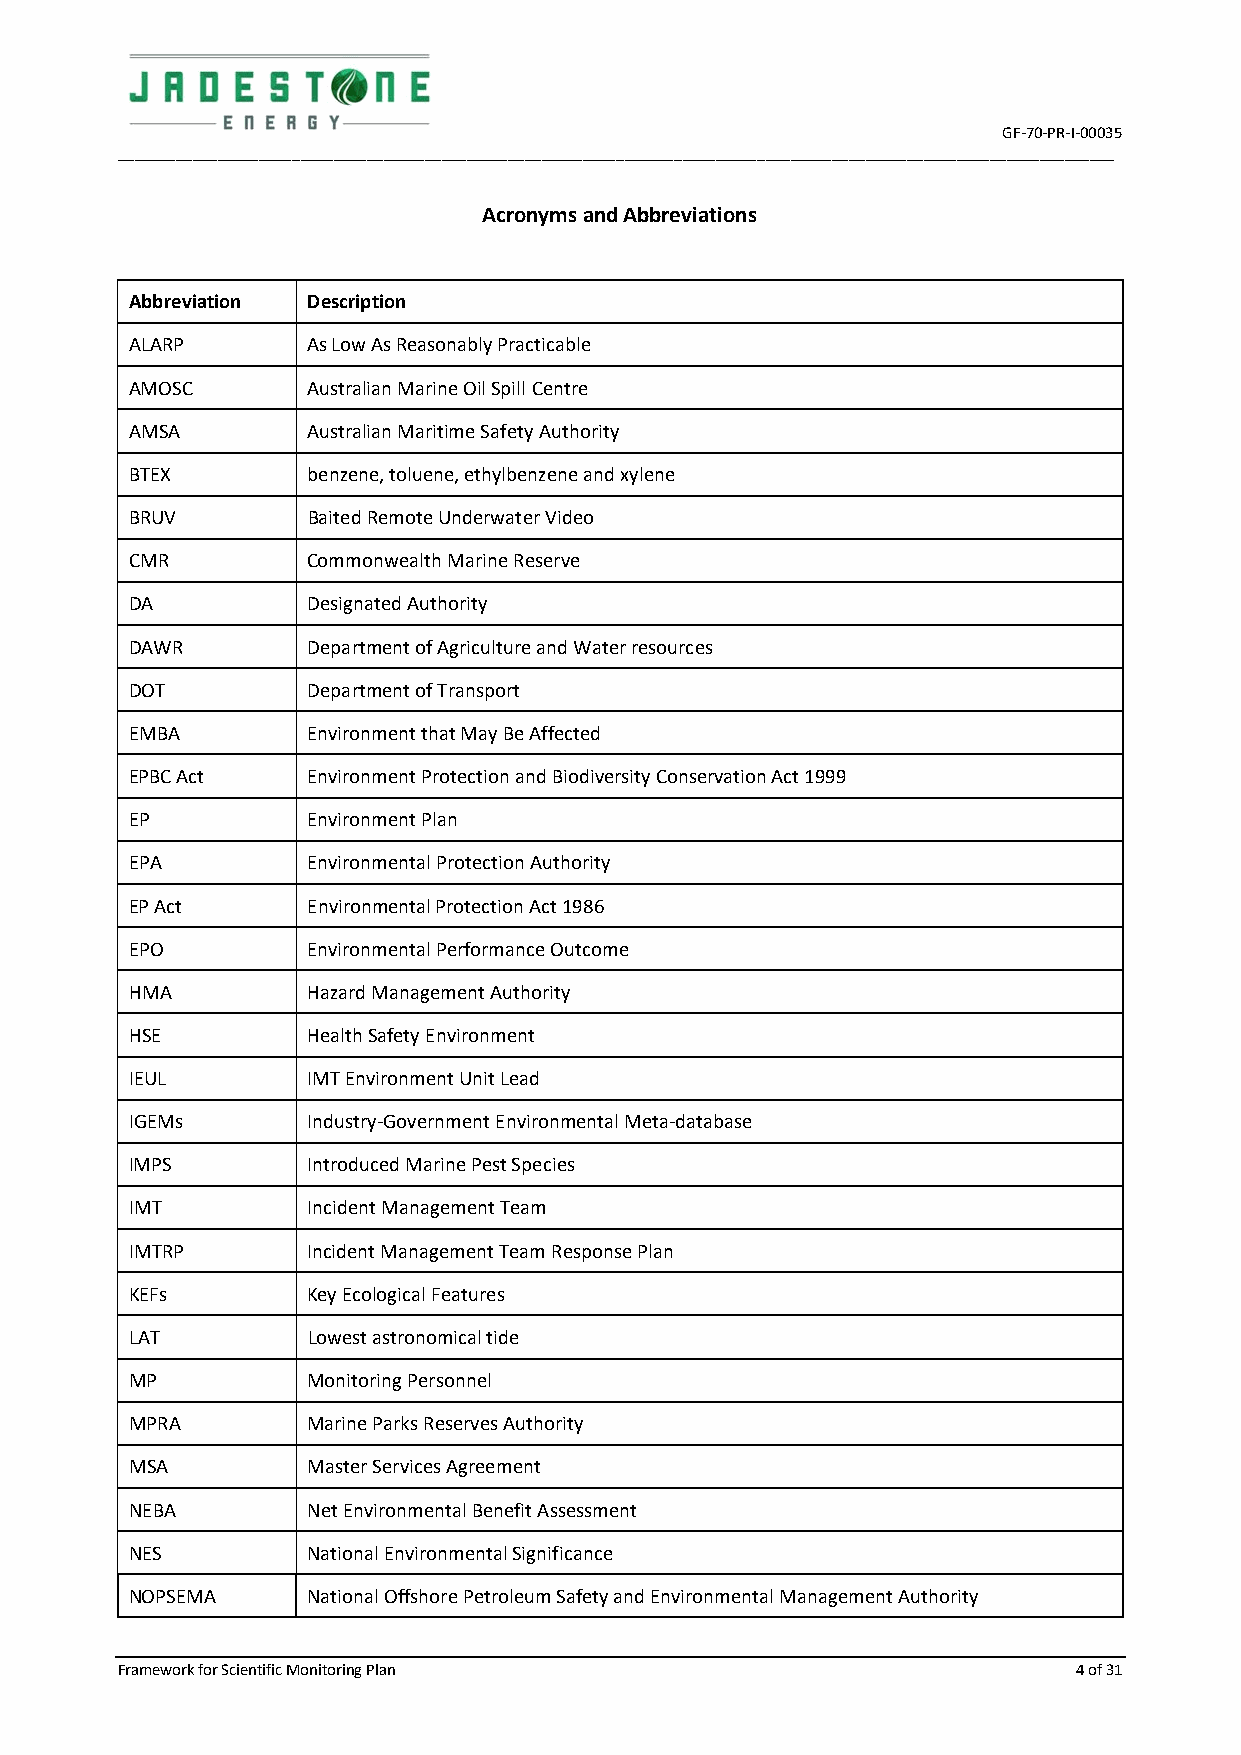
GF-70-PR-I-00035
 ________________________________________________________________________________________________________________________
 Acronyms and Abbreviations
 Abbreviation Description
 ALARP      As Low As Reasonably Practicable
 AMOSC      Australian Marine Oil Spill Centre
 AMSA       Australian Maritime Safety Authority
 BTEX       benzene, toluene, ethylbenzene and xylene
 BRUV       Baited Remote Underwater Video
 CMR        Commonwealth Marine Reserve
 DA         Designated Authority
 DAWR       Department of Agriculture and Water resources
 DOT        Department of Transport
 EMBA       Environment that May Be Affected
 EPBC Act   Environment Protection and Biodiversity Conservation Act 1999
 EP         Environment Plan
 EPA        Environmental Protection Authority
 EP Act     Environmental Protection Act 1986
 EPO        Environmental Performance Outcome
 HMA        Hazard Management Authority
 HSE        Health Safety Environment
 IEUL       IMT Environment Unit Lead
 IGEMs      Industry-Government Environmental Meta-database
 IMPS       Introduced Marine Pest Species
 IMT        Incident Management Team
 IMTRP      Incident Management Team Response Plan
 KEFs       Key Ecological Features
 LAT        Lowest astronomical tide
 MP         Monitoring Personnel
 MPRA       Marine Parks Reserves Authority
 MSA        Master Services Agreement
 NEBA       Net Environmental Benefit Assessment
 NES        National Environmental Significance
 NOPSEMA    National Offshore Petroleum Safety and Environmental Management Authority
 Framework for Scientific Monitoring Plan                       4 of 31